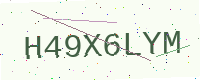
Text: H49X6LYM